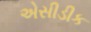
એસીડીક